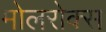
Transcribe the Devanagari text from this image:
मोलरोक्स